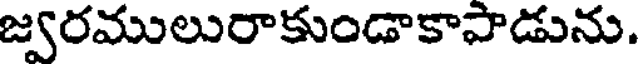
జ్వరములురాకుండాకాపాడును.